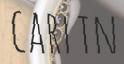
CARLIN